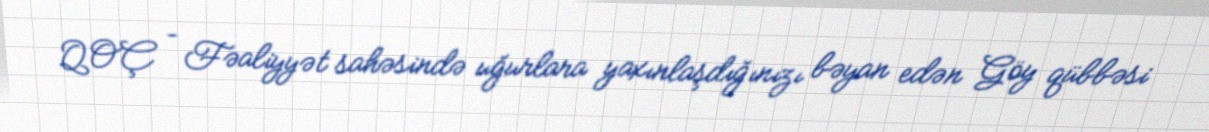
QOÇ – Fəaliyyət sahəsində uğurlara yaxınlaşdığınızı bəyan edən Göy qübbəsi